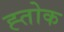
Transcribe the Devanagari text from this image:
ह्तोक